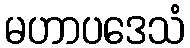
မဟာပဒေသံ